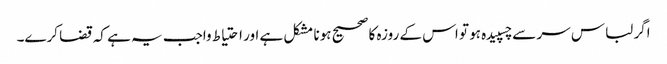
اگر لباس سر سے چسپیدہ ہو تو اس کے روزہ کا صحیح ہونا مشکل ہے اور احتیاط واجب یہ ہے کہ قضا کرے۔